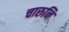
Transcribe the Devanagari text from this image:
चारुनि